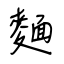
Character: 麵